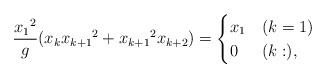
LaTeX: \begin{align*} \frac{{x_1}^2}{g} (x_{k}{x_{k+1}}^2+{x_{k+1}}^2x_{k+2})=\begin{cases}x_1 & (k=1)\\0 & (k:),\end{cases}\end{align*}